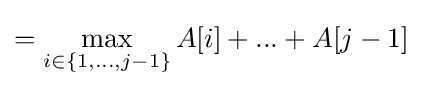
=\max _{i\in \{1,...,j-1\}}A[i]+...+A[j-1]